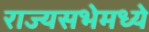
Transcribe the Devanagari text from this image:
राज्यसभेमध्ये